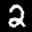
Label: 2